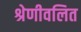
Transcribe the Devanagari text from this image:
श्रेणीवलित